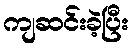
ကျဆင်းခဲ့ပြီး